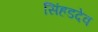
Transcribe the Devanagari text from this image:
सिंहडदेव